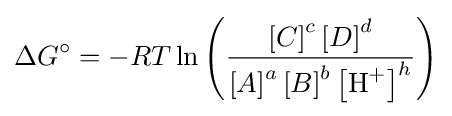
\Delta G^{\circ }=-RT\ln \left({\frac {\left[C\right]^{c}\left[D\right]^{d}}{\left[A\right]^{a}\left[B\right]^{b}\left[{\mathrm {H} {\vphantom {A}}^{+}}\right]^{h}}}\right)